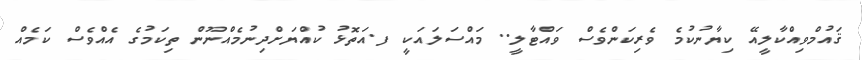
ޤައުމްވިއްކާލީއޭ ކިޔާނުކުމެ ވެރިކަންވެސް ވައްޓާލީ.. މައްސަލައަކީ ފ.އަތޮޅު ކުއްޔަށްދިނުމެއްނޫން ތިކަމުގެ އެއްވެސް ކަމެއް